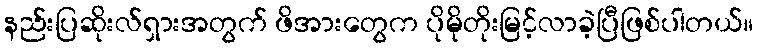
နည်းပြဆိုးလ်ရှားအတွက် ဖိအားတွေက ပိုမိုတိုးမြင့်လာခဲ့ပြီဖြစ်ပါတယ်။